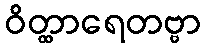
ဝိတ္ထာရေတဗ္ဗာ